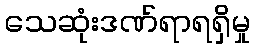
သေဆုံးဒဏ်ရာရရှိမှု